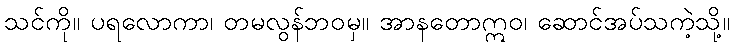
သင်ကို။ ပရလောကာ၊ တမလွန်ဘဝမှ။ အာနတောဣဝ၊ ဆောင်အပ်သကဲ့သို့။